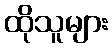
ထိုသူများ